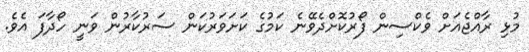
މުޅި ރާއްޖެއަށް ވެކްސިން ފޯރުކޮށްދެވޭނެ ކަމުގެ ކަށަވަރުކަން ސަރުކާރުން ވަނީ ހޯދާފަ އެވެ.